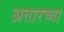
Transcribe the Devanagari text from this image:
अत्तारच्या